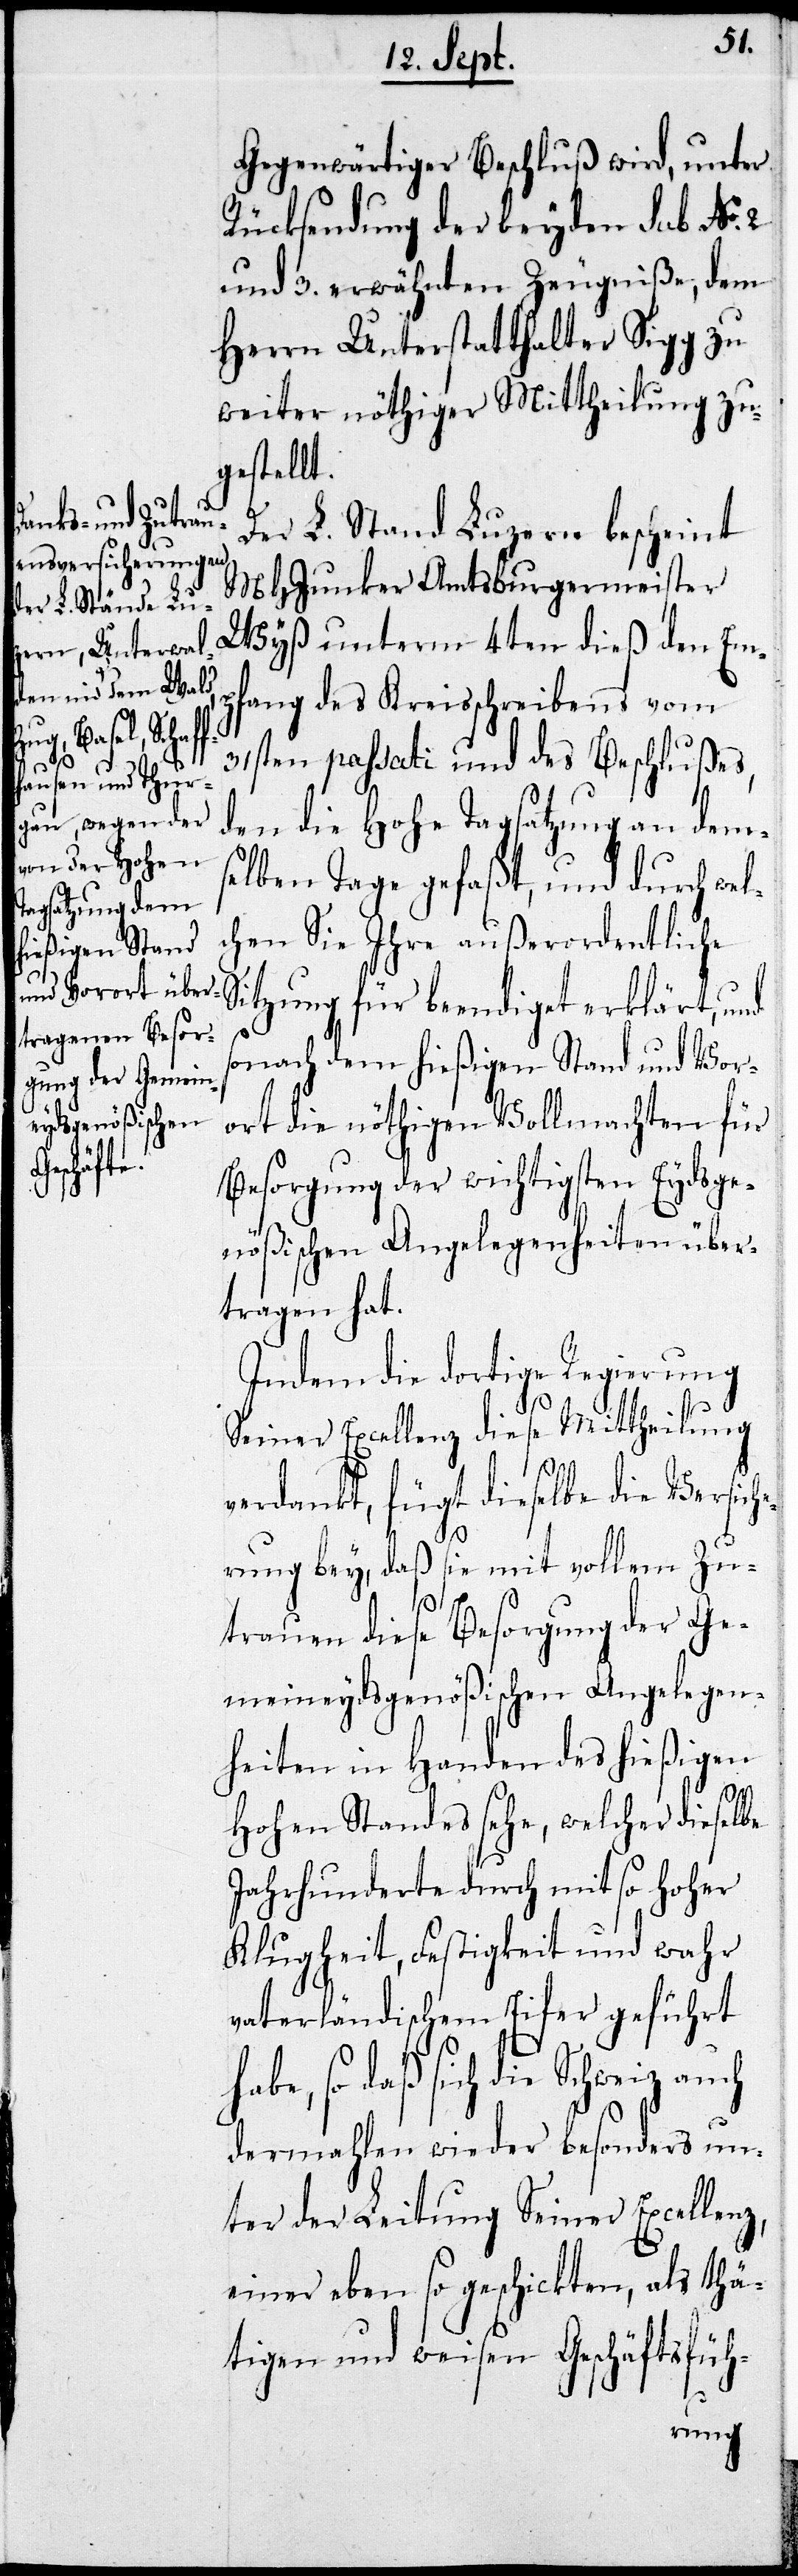
Gegenwärtiger Beschluß wird, unter
Rücksendung der beyden sub No.
und 3. erwähnten Zeugniße, dem
Herrn Unterstatthalter Sigg zu
weiter nöthiger Mittheilung zu¬
gestellt.
Der L. Stand Luzern bescheint
MHJunker Amtsburgermeister
Wyß unterm 4ten dieß den Em¬
pfang des Kreisschreibens vom
31sten paßati und des Beschlußes,
den die Hohe Tagsatzung an dem¬
selben Tage gefaßt, und durch wel¬
che Sie Ihre außerordentliche
Sitzung für beendiget erklärt, und
sonach dem hießigen Stand und Vor¬
ort die nöthigen Vollmachten für
Besorgung der wichtigsten Eydsge¬
nößischen Angelegenheiten über¬
tragen hat.
Indem die dortige Regierung
Seiner Excellenz diese Mittheilung
verdankt, fügt dieselbe die Verische¬
2.
rung bey, daß sie mit vollem Zu¬
ch
trauen die Besorgung der Ge¬
meineydsgenößischen Angelegen¬
heiten in Handen des hießigen
Hohen Standes sehe, welcher dieselbe
Jahrhunderte durch mit so hoher
Klugheit, Festigkeit und wahr
vaterländischem Eifer geführt
habe, so daß sich die Schweiz au¬
dermahlen wieder besonders un¬
ter der Leitung Seiner Excellenz,
einer eben so geschickten, als thä¬
tigen und weisen Geschäftsfüh-